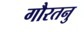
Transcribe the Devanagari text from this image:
गौरतनु